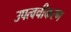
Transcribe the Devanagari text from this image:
उपत्वचीकरण